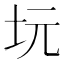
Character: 坃